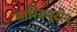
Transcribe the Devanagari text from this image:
पारिक्यूटीन